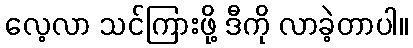
လေ့လာ သင်ကြားဖို့ ဒီကို လာခဲ့တာပါ။